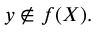
y \not \in f ( X ) .